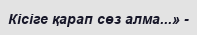
Кісіге қарап сөз алма...» -